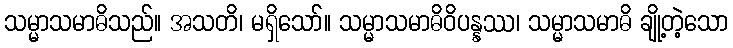
သမ္မာသမာဓိသည်။ အသတိ၊ မရှိသော်။ သမ္မာသမာဓိဝိပန္နဿ၊ သမ္မာသမာဓိ ချို့တဲ့သော